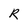
Character: R